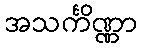
အသင်္ကိဏ္ဏာ